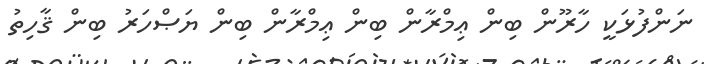
ނަންފުޅަކީ ހާރޫން ބިން ޢިމްރާން ބިން ޢިމްރާން ބިން ޔަޞްހަރު ބިން ޤާހިތު